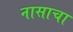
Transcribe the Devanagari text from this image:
नासाचा